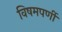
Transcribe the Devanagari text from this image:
विषमपर्णी